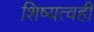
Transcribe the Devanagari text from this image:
शिष्यत्वही